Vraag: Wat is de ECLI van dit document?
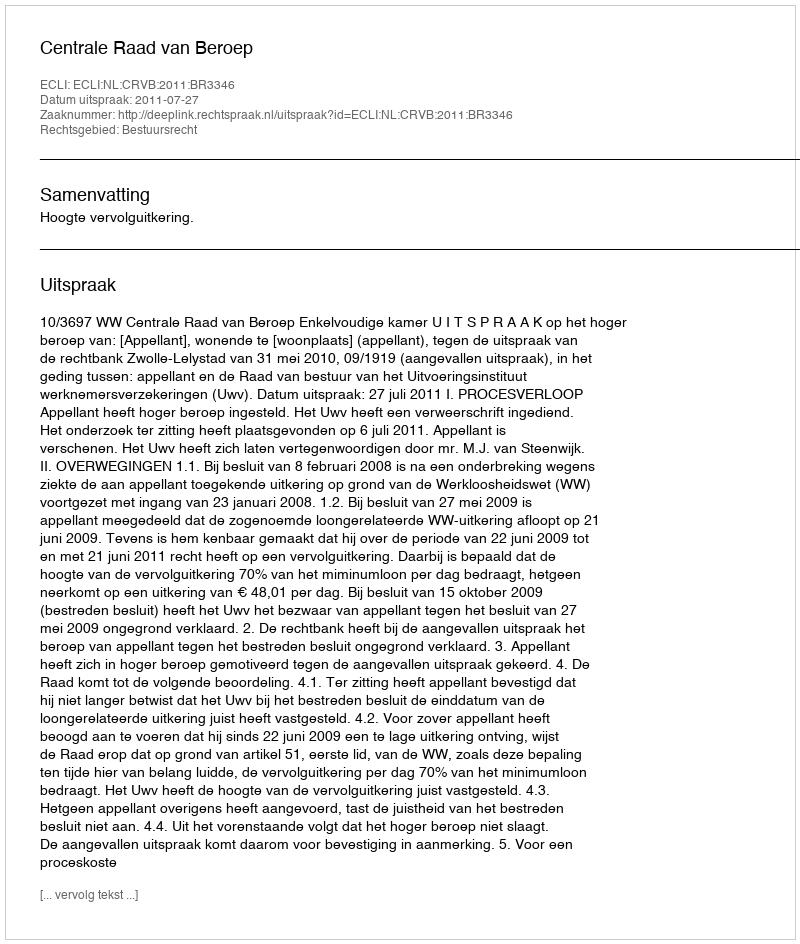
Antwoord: ECLI:NL:CRVB:2011:BR3346